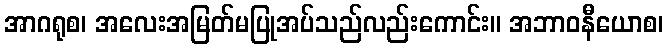
အာဂရုစ၊ အလေးအမြတ်မပြုအပ်သည်လည်းကောင်း။ အဘာဝနီယောစ၊